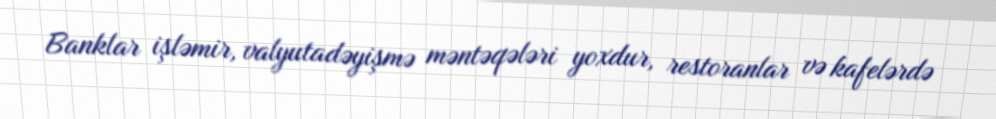
Banklar işləmir, valyutadəyişmə məntəqələri yoxdur, restoranlar və kafelərdə